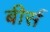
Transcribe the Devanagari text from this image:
बीर्स